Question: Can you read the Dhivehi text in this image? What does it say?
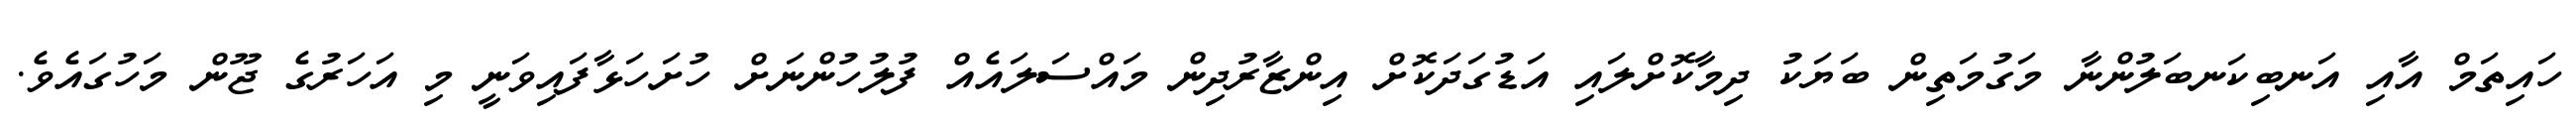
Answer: ހައިތަމް އާއި އަނބިކަނބަލުންނާ މަގުމަތިން ބަޔަކު ދިމާކޮށްލައި އަޑުގަދަކޮށް އިންޒާރުދިން މައްސަލައެއް ފުލުހުންނަށް ހުށަހަޅާފައިވަނީ މި އަހަރުގެ ޖޫން މަހުގައެވެ.